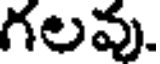
గలవు.